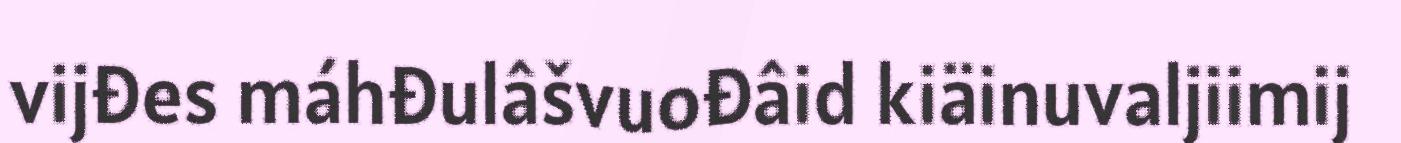
vijđes máhđulâšvuođâid kiäinuvaljiimij